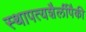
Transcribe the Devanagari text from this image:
स्थापत्यशैलींपैकी